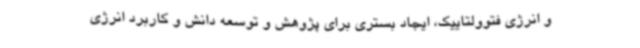
و انرژی فتوولتاییک، ایجاد بستری برای پژوهش و توسعه دانش و کاربرد انرژی